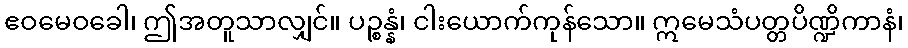
ဧဝမေဝခေါ၊ ဤအတူသာလျှင်။ ပဉ္စန္နံ၊ ငါးယောက်ကုန်သော။ ဣမေသံပတ္တပိဏ္ဍိကာနံ၊